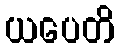
ယပေတိ